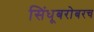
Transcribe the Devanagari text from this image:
सिंधूबरोबरच